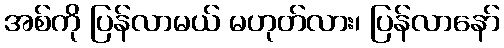
အစ်ကို ပြန်လာမယ် မဟုတ်လား၊ ပြန်လာနော်